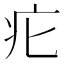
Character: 疕